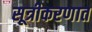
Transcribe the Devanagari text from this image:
सूत्रीकरणात